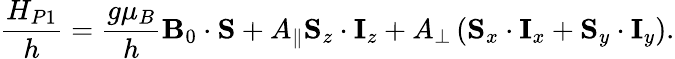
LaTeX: \frac{H_{P1}}{h}=\frac{g\mu_{B}}{h}\mathbf{B}_{0}\cdot\mathbf{S}+A_{\parallel}\mathbf{S}_{z}\cdot\mathbf{I}_{z}+A_{\perp}\left(\mathbf{S}_{x}\cdot\mathbf{I}_{x}+\mathbf{S}_{y}\cdot\mathbf{I}_{y}\right).